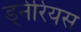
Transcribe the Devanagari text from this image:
ड्नेरियस